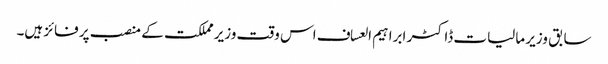
سابق وزیر مالیات ڈاکٹر ابراہیم العساف اس وقت وزیر مملکت کے منصب پر فائز ہیں۔